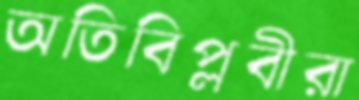
অতিবিপ্লবীরা